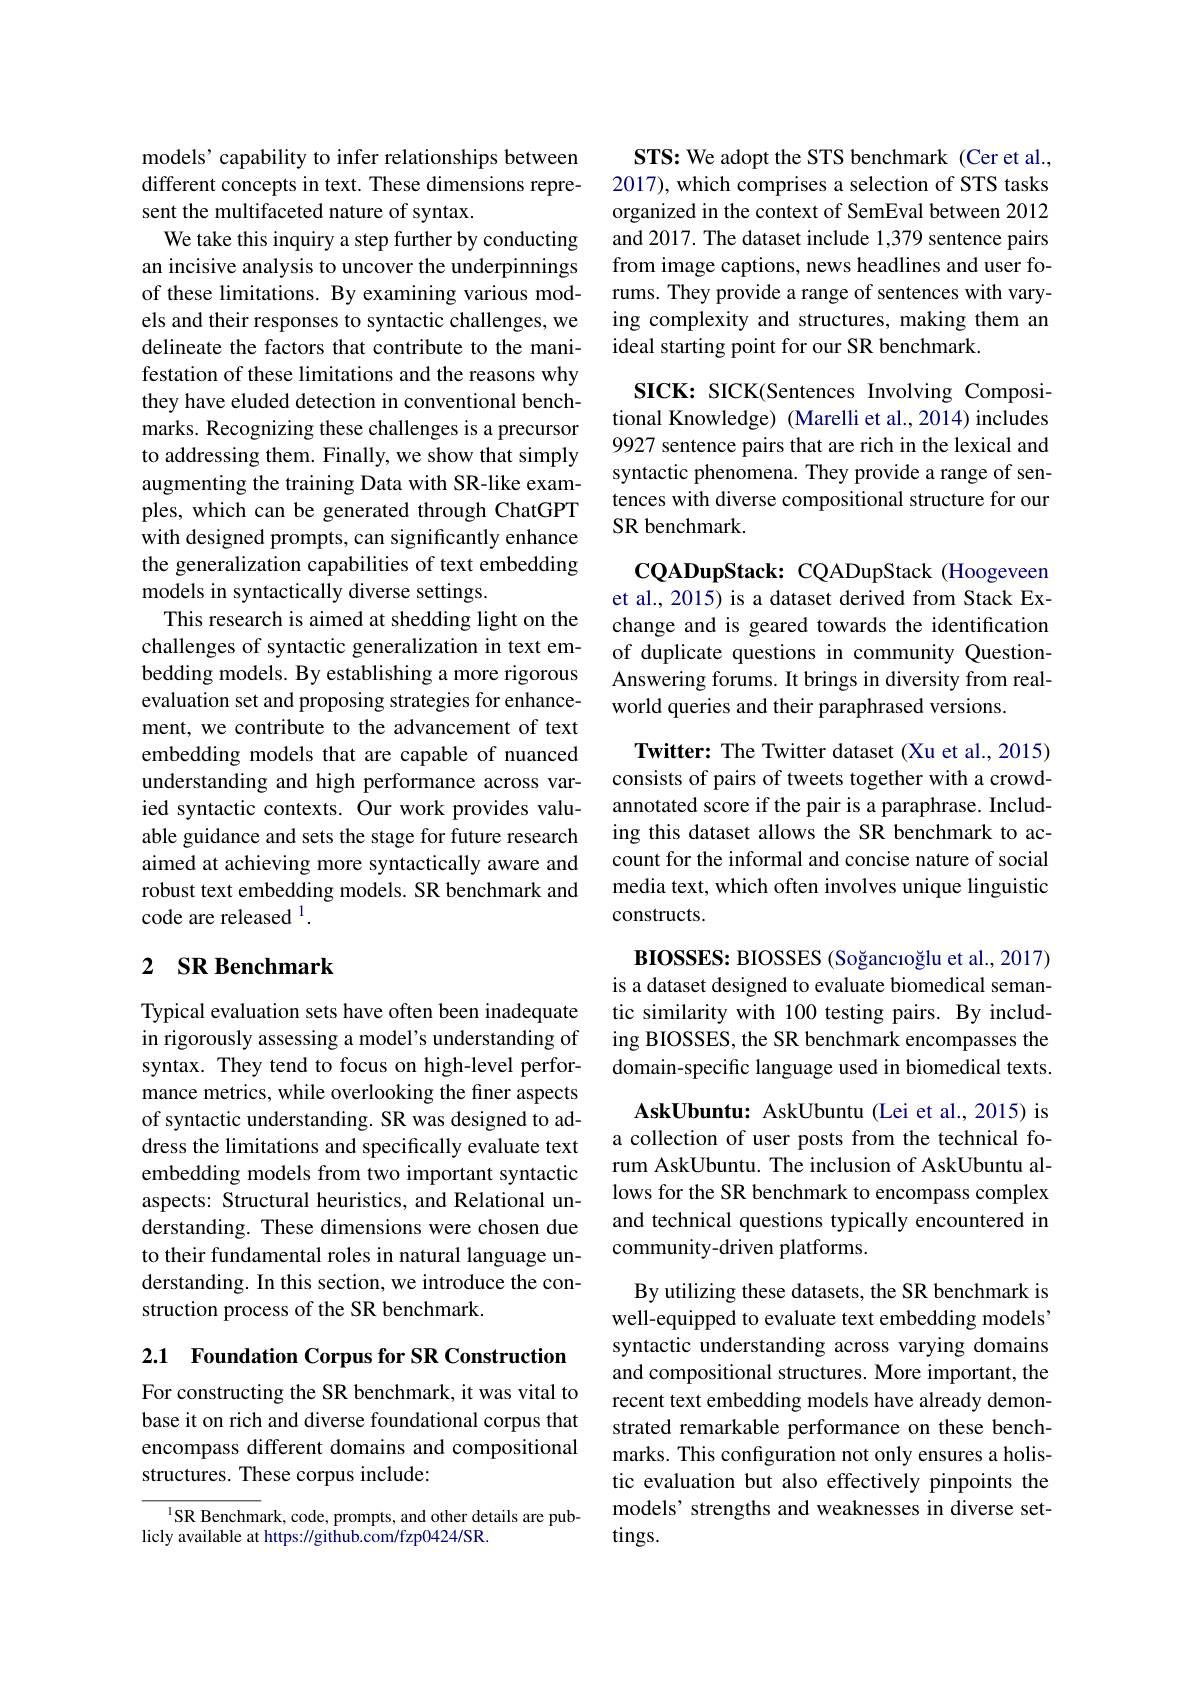
models’ capability to infer relationships between different concepts in text. These dimensions represent the multifaceted nature of syntax.
We take this inquiry a step further by conducting an incisive analysis to uncover the underpinnings of these limitations. By examining various models and their responses to syntactic challenges, we delineate the factors that contribute to the manifestation of these limitations and the reasons why they have eluded detection in conventional benchmarks. Recognizing these challenges is a precursor to addressing them. Finally, we show that simply augmenting the training Data with SR-like examples, which can be generated through ChatGPT with designed prompts, can significantly enhance the generalization capabilities of text embedding models in syntactically diverse settings.
This research is aimed at shedding light on the challenges of syntactic generalization in text embedding models. By establishing a more rigorous evaluation set and proposing strategies for enhancement, we contribute to the advancement of text embedding models that are capable of nuanced understanding and high performance across varied syntactic contexts. Our work provides valuable guidance and sets the stage for future research aimed at achieving more syntactically aware and robust text embedding models. SR benchmark and code are released $^{1}.$

## 2 SR Benchmark

Typical evaluation sets have often been inadequate in rigorously assessing a model's understanding of syntax. They tend to focus on high-level performance metrics, while overlooking the finer aspects of syntactic understanding. SR was designed to address the limitations and specifically evaluate text embedding models from two important syntactic aspects: Structural heuristics, and Relational understanding. These dimensions were chosen due to their fundamental roles in natural language understanding. In this section, we introduce the construction process of the SR benchmark.

2.1 Foundation Corpus for SR Construction

For constructing the SR benchmark, it was vital to base it on rich and diverse foundational corpus that encompass different domains and compositional structures. These corpus include:

$^{1}$SR Benchmark, code, prompts, and other details are pub-
licly available at https: //github.com/fzp0424/SR.

STS: We adopt the STS benchmark (Cer et al., 2017), which comprises a selection of STS tasks organized in the context of SemEval between 2012 and 2017. The dataset include 1,379 sentence pairs from image captions, news headlines and user forums. They provide a range of sentences with varying complexity and structures, making them an ideal starting point for our SR benchmark.

SICK: SICK(Sentences Involving Compositional Knowledge) (Marelli et al., 2014) includes 9927 sentence pairs that are rich in the lexical and syntactic phenomena. They provide a range of sentences with diverse compositional structure for our SR benchmark

CQADupStack: CQADupStack (Hoogeveen et al., 2015) is a dataset derived from Stack Exchange and is geared towards the identification of duplicate questions in community QuestionAnswering forums. It brings in diversity from realworld queries and their paraphrased versions.

Twitter: The Twitter dataset (Xu et al., 2015) consists of pairs of tweets together with a crowdannotated score if the pair is a paraphrase. Including this dataset allows the SR benchmark to account for the informal and concise nature of social media text, which often involves unique linguistic constructs.

BIOSSES: BIOSSES (Soğancıoğlu et al., 2017) is a dataset designed to evaluate biomedical semantic similarity with 100 testing pairs. By including BIOSSES, the SR benchmark encompasses the domain-specific language used in biomedical texts.

AskUbuntu: AskUbuntu (Lei et al., 2015) is a collection of user posts from the technical forum AskUbuntu. The inclusion of AskUbuntu allows for the SR benchmark to encompass complex and technical questions typically encountered in community-driven platforms.

By utilizing these datasets, the SR benchmark is well-equipped to evaluate text embedding models' syntactic understanding across varying domains and compositional structures. More important, the recent text embedding models have already demonstrated remarkable performance on these benchmarks. This configuration not only ensures a holistic evaluation but also effectively pinpoints the models' strengths and weaknesses in diverse set- $\tan$s.